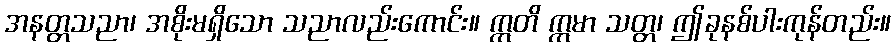
အနတ္တသညာ၊ အစိုးမရှိသော သညာလည်းကောင်း။ ဣတိ ဣမာ သတ္တ၊ ဤခုနစ်ပါးကုန်တည်း။